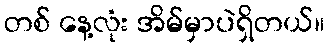
တစ် နေ့လုံး အိမ်မှာပဲရှိတယ်။